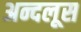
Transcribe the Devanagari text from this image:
अन्दलूस